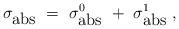
LaTeX: \begin{align*}\sigma_{\mbox{abs}}~=~\sigma_{\mbox{abs}}^{0}~+~\sigma_{\mbox{abs}}^{1}~,\end{align*}